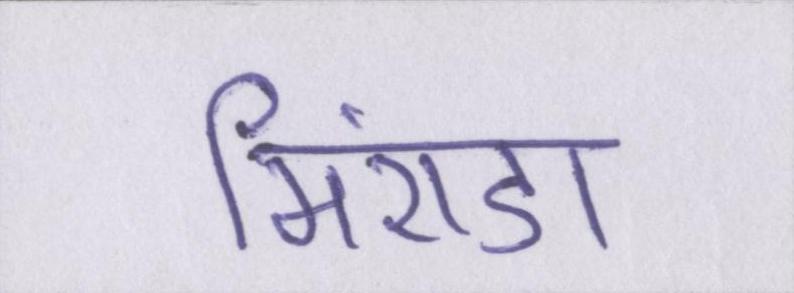
मिरांडा